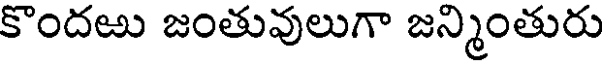
కొందఱు జంతువులుగా జన్మింతురు